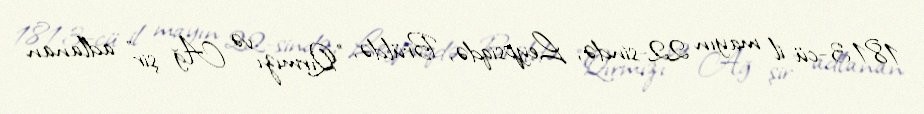
1813-cü il mayın 22-sində, Leypsiqdə, Brüldə, "Qırmızı və Ağ şir" adlanan